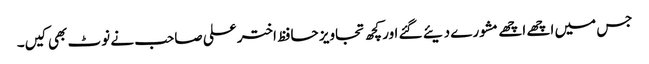
جس میں اچھے اچھے مشورے دیئے گئے اور کچھ تجاویز حافظ اختر علی صاحب نے نوٹ بھی کیں۔